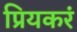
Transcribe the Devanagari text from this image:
प्रियकरं